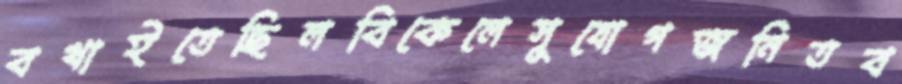
বখাইতেছিলবিকেলেসুযোগজনিতব